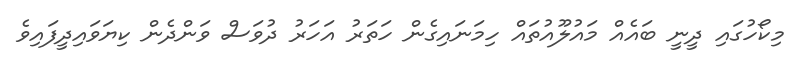
މިކޯހުގައި ދީނީ ބައެއް މައުލޫއުތައް ހިމަނައިގެން ހަތަރު އަހަރު ދުވަސް ވަންދެން ކިޔަވައިދީފައިވެ